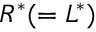
R ^ { * } ( = L ^ { * } )